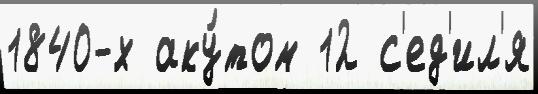
1840-х аку́том 12 с'ед'ил'я